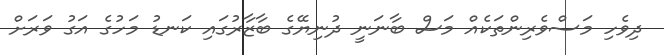
ދިވެހި މަސްވެރިންތަކެއް މަސް ބާނަނީ ދުނިޔޭގެ ބާޒާރުގައި ކަނޑު މަހުގެ އަގު ވަރަށް